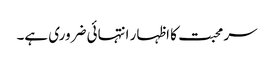
سر محبت کا اظہار انتہائی ضروری ہے۔